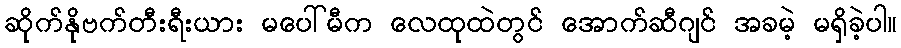
ဆိုက်နိုဗက်တီးရီးယား မပေါ်မီက လေထုထဲတွင် အောက်ဆီဂျင် အခမဲ့ မရှိခဲ့ပါ။